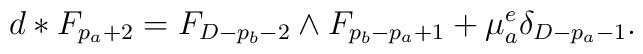
d*F_{p_a+2} = F_{D-p_b-2} \wedge F_{p_b-p_a+1} + \mu^e_a\delta_{D-p_a-1}.